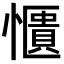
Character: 𫻑